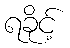
ရခိုင့်